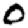
Digit: 0